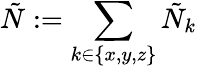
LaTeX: \tilde{N}:=\sum_{k\in\{ x,y,z\} }\tilde{N}_{k}